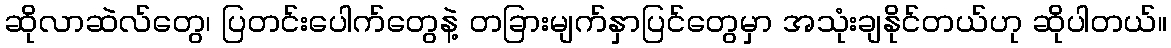
ဆိုလာဆဲလ်တွေ၊ ပြတင်းပေါက်တွေနဲ့ တခြားမျက်နှာပြင်တွေမှာ အသုံးချနိုင်တယ်ဟု ဆိုပါတယ်။